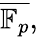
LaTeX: {\overline{{\mathbb{F}_{p}}}},